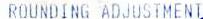
ROUNDING ADJUSTMENT